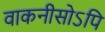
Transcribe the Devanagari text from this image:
वाकनीसोऽपि